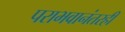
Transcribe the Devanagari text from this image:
पराभवानंतरही